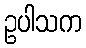
ဥပါသက